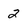
Character: 2